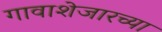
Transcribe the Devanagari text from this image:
गावाशेजारच्या